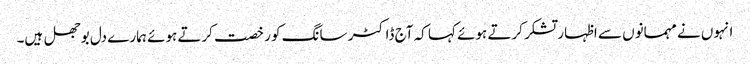
انہوں نے مہمانوں سے اظہار تشکر کرتے ہوئے کہا کہ آج ڈاکٹر سانگ کو رخصت کرتے ہوئے ہمارے دل بوجھل ہیں۔